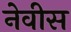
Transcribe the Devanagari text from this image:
नेवीस